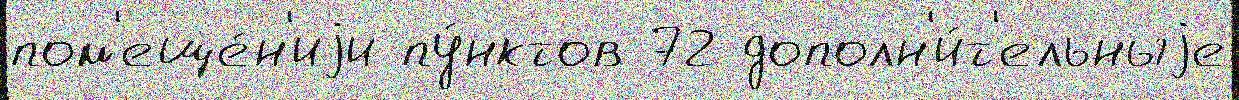
пом'еще́н'иjи пу́нктов 72 дополн'и́т'ельныjе